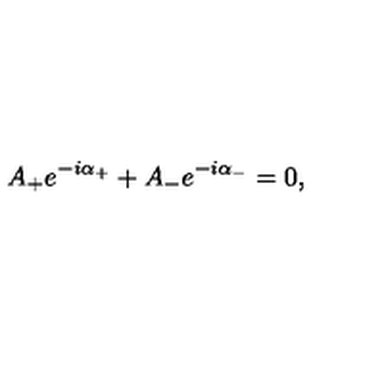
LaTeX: A _ { + } e ^ { - i \alpha _ { + } } + A _ { - } e ^ { - i \alpha _ { - } } = 0 ,